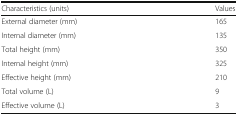
| Characteristics (units) | Values |
 | --- | --- |
 | External diameter (mm) | 165 |
 | Internal diameter (mm) | 135 |
 | Total height (mm) | 350 |
 | Internal height (mm) | 325 |
 | Effective height (mm) | 210 |
 | Total volume (L) | 9 |
 | Effective volume (L) | 3 |